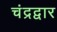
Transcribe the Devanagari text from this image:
चंद्रद्वार